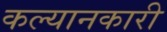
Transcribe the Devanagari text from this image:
कल्यानकारी